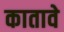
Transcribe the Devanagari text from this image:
कातावे